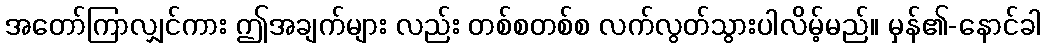
အတော်ကြာလျှင်ကား ဤအချက်များ လည်း တစ်စတစ်စ လက်လွတ်သွားပါလိမ့်မည်။ မှန်၏-နောင်ခါ